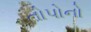
તોપોનો